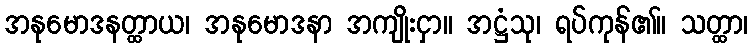
အနုမောဒနတ္ထာယ၊ အနုမောဒနာ အကျိုးငှာ။ အဋ္ဌံသု၊ ရပ်ကုန်၏။ သတ္ထာ၊